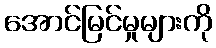
အောင်မြင်မှုများကို